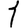
Digit: 1